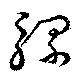
騾